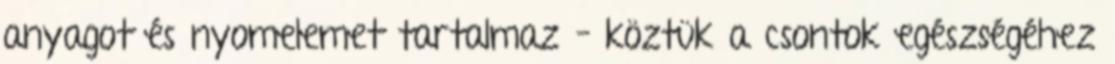
anyagot és nyomelemet tartalmaz – köztük a csontok egészségéhez